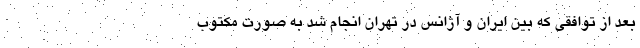
بعد از توافقی که بین ایران و آژانس در تهران انجام شد به صورت مکتوب